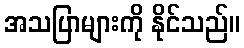
အသပြာများကို နိုင်သည်။